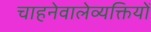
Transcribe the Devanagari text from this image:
चाहनेवालेव्यक्तियों